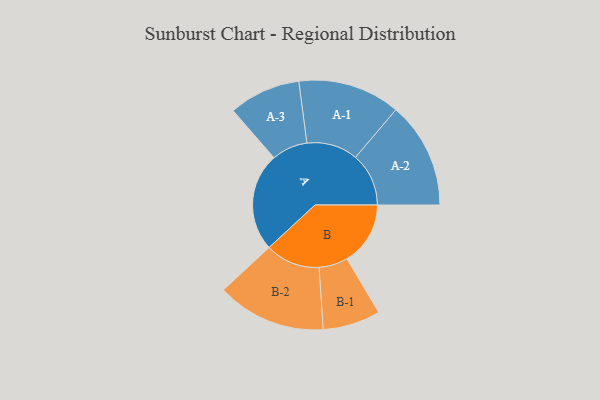
{"axis": {"x": "Segment", "y": "Value"}, "legend": ["", "A", "B"], "data": [{"x": "A", "y": 488, "type": ""}, {"x": "B", "y": 315, "type": ""}, {"x": "A-1", "y": 254, "type": "A"}, {"x": "A-2", "y": 264, "type": "A"}, {"x": "A-3", "y": 178, "type": "A"}, {"x": "B-1", "y": 143, "type": "B"}, {"x": "B-2", "y": 271, "type": "B"}]}